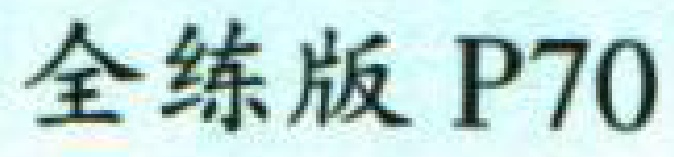
全练版 P70